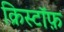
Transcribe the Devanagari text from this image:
क्रिस्टॉफ़